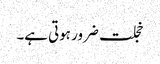
خجلت ضرور ہوتی ہے۔